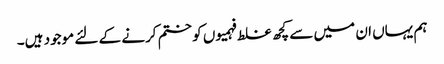
ہم یہاں ان میں سے کچھ غلط فہمیوں کو ختم کرنے کے لئے موجود ہیں۔